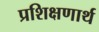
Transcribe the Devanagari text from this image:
प्रशिक्षणार्थ